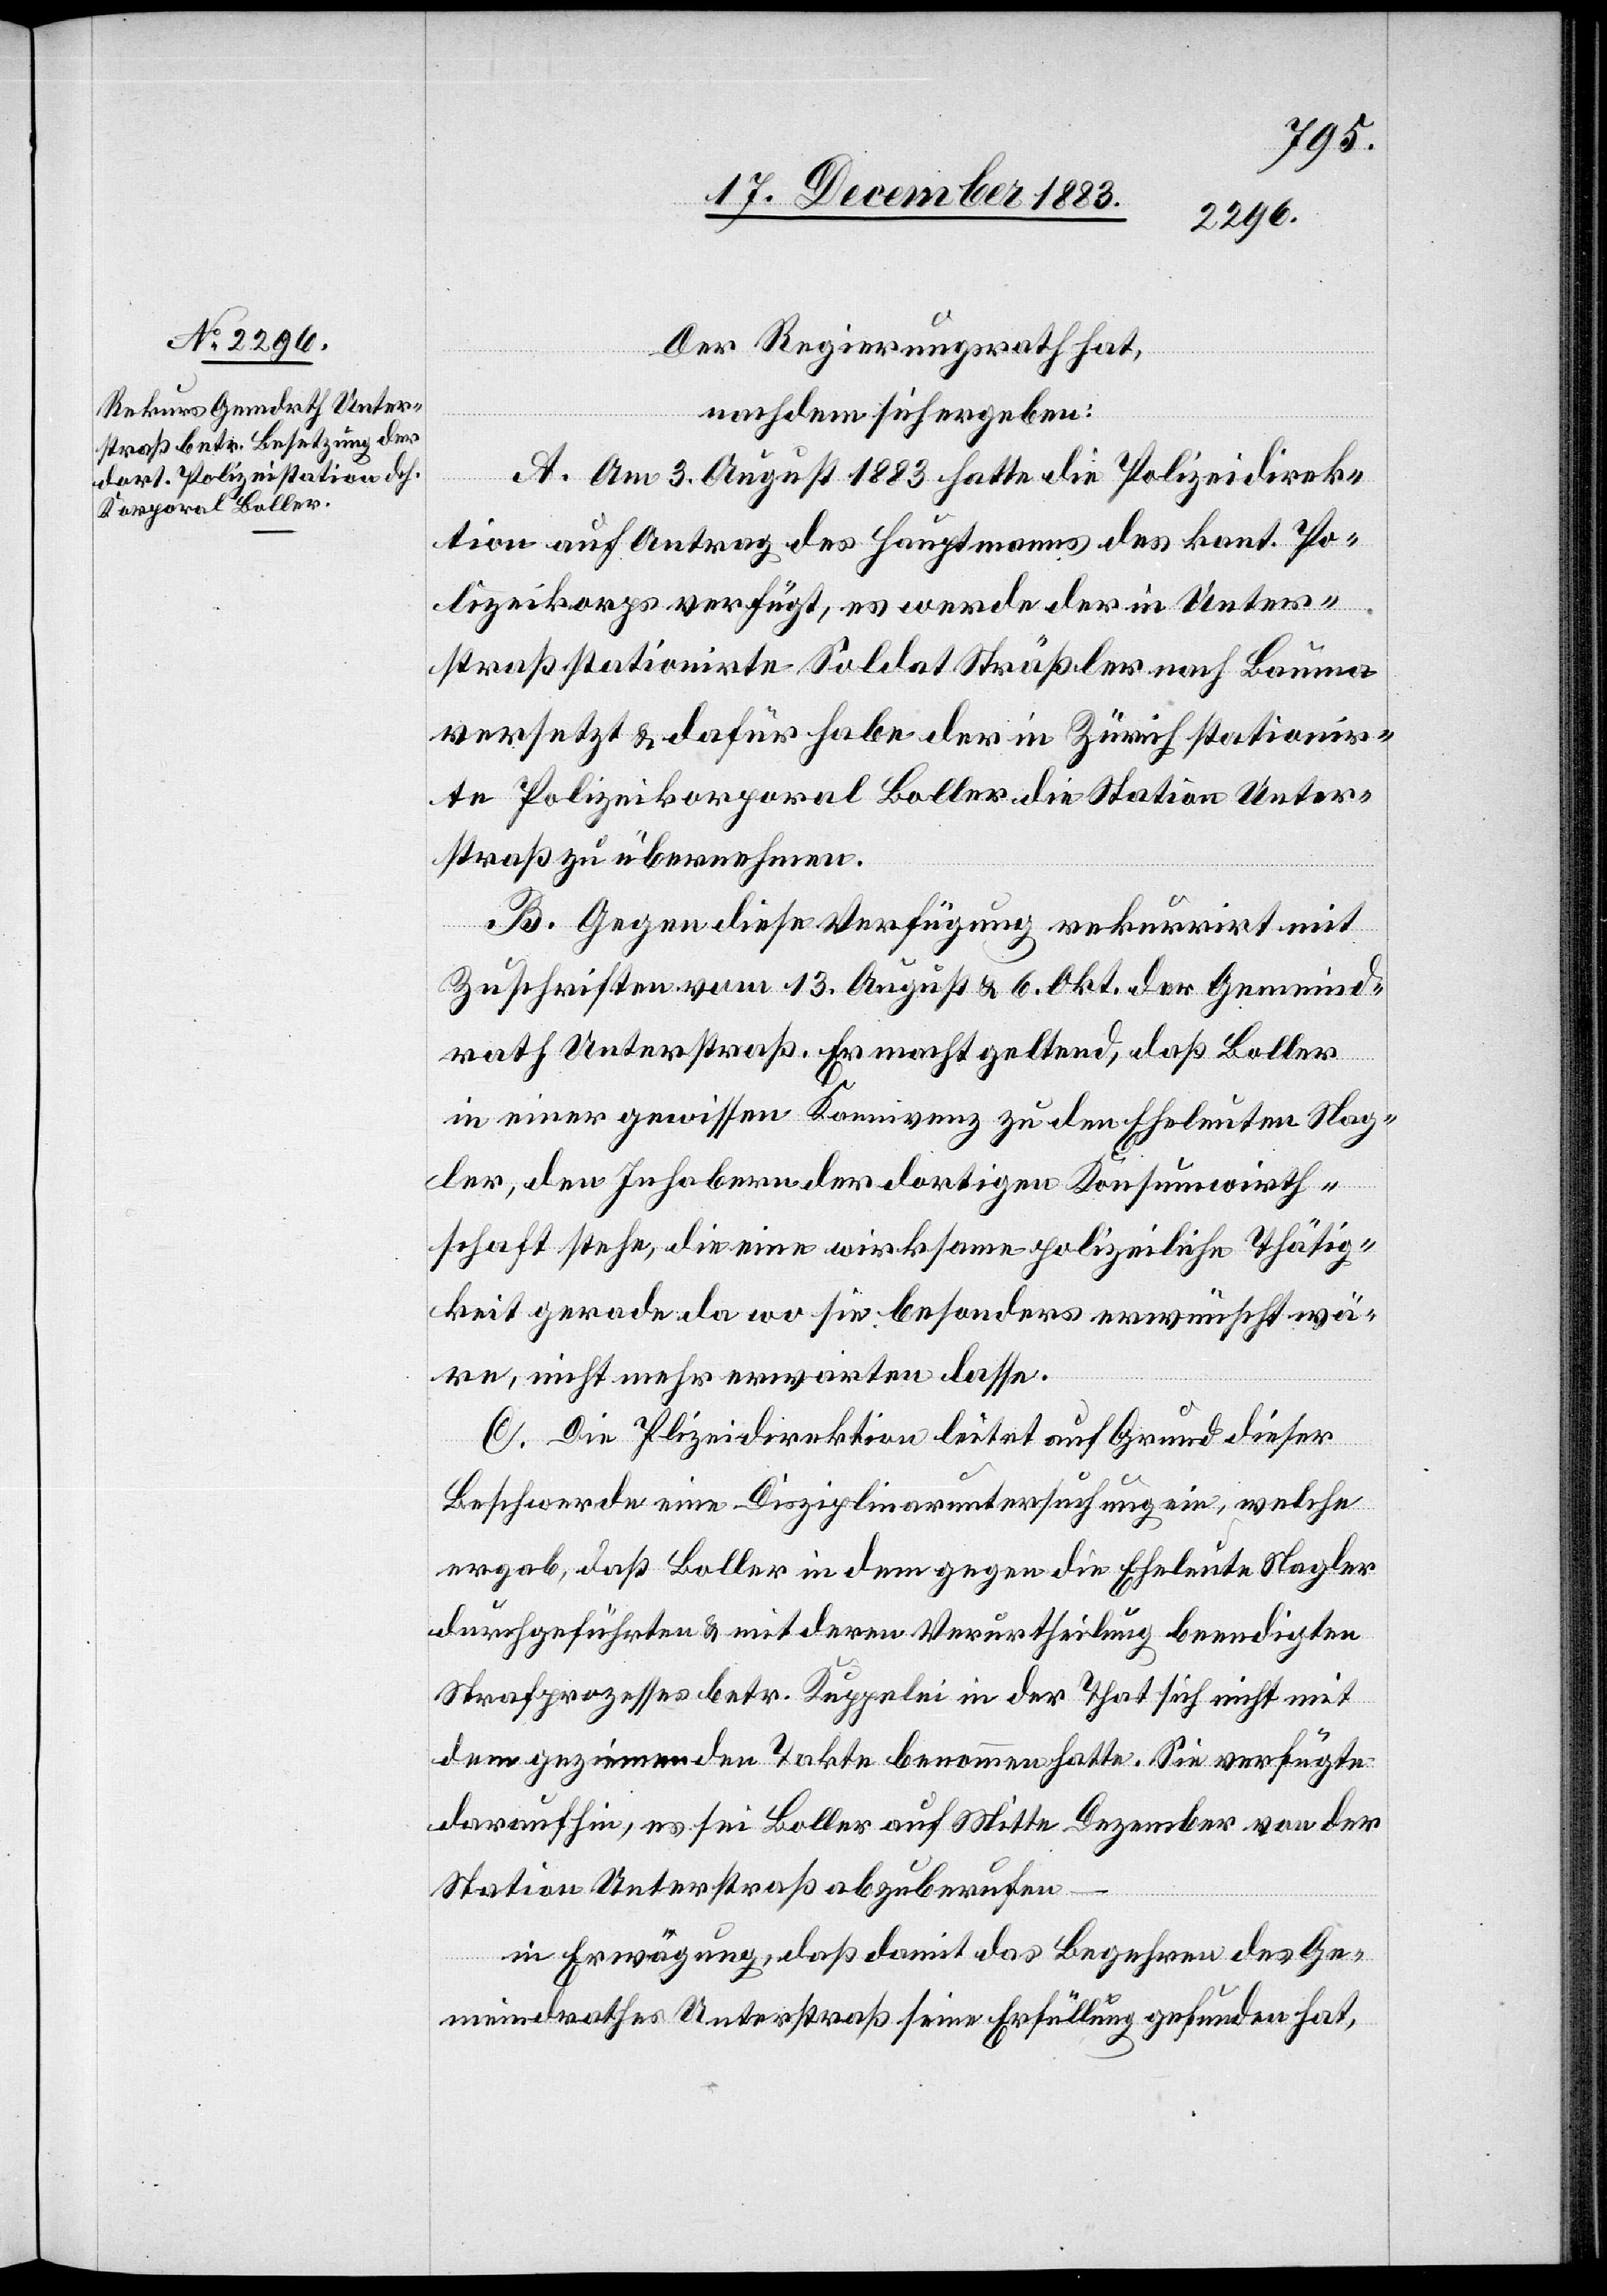
Der Regierungsrath hat,
nachdem sich ergeben:
A. Am 3. August 1883 hatte die Polizeidirek¬
tion auf Antrag des Hauptmanns des kant. Po¬
lizeikorps verfügt, es werde der in Unter¬
straß stationirte Soldat Sträßler nach Bauma
versetzt & dafür habe der in Zürich stationir¬
te Polizeikorporal Boller die Station Unter¬
straß zu übernehmen.
B. Gegen diese Verfügung rekurrirt mit
Zuschriften vom 13. August & 6. Okt. der Gemeind¬
rath Unterstraß. Er macht geltend, daß Boller
in einer gewissen Konnivenz zu den Eheleuten Nag¬
ler, den Inhabern der dortigen Konsumwirth¬
schaft stehe, die eine wirksame polizeiliche Thätig¬
keit gerade da wo sie besonders erwünscht wä¬
re, nicht mehr erwarten lasse.
C. Die Polizeidirektion leitet auf Grund dieser
Beschwerde eine Disziplinaruntersuchung ein, welche
ergab, daß Boller in dem gegen die Eheleute Nagler
durchgeführten & mit deren Verurtheilung beendigten
Strafprozesses betr. Kuppelei in der That sich nicht mit
dem geziemenden Takte benommen hatte. Sie verfügte
daraufhin, es sei Boller auf Mitte Dezember von der
Station Unterstraß abzuberufen
in Erwägung, daß damit das Begehren des Ge¬
meindrathes Unterstraß seine Erfüllung gefunden hat,